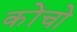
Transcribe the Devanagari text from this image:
कोंचो